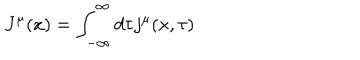
LaTeX: J ^ { \mu } ( x ) = \int _ { - \infty } ^ { \infty } d \tau j ^ { \mu } ( x , \tau )